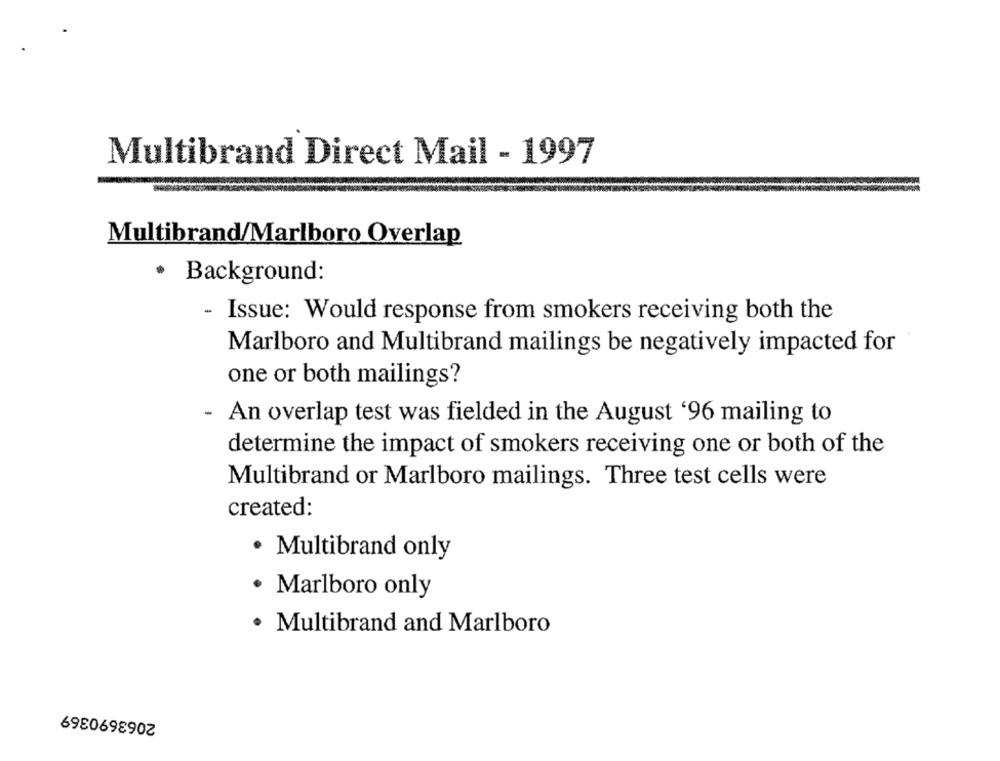
Multibrand Direct Mail - 1997
Multibrand/Marlboro Overlap
Background:
- Issue: Would response from smokers receiving both the
Marlboro and Multibrand mailings be negatively impacted for
one or both mailings?
- An overlap test was fielded in the August '96 mailing to
determine the impact of smokers receiving one or both of the
Multibrand or Marlboro mailings. Three test cells were
created:
· Multibrand only
· Marlboro only
· Multibrand and Marlboro
2063690369